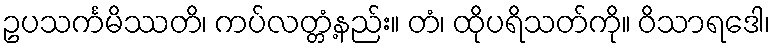
ဥပသင်္ကမိဿတိ၊ ကပ်လတ္တံ့နည်း။ တံ၊ ထိုပရိသတ်ကို။ ဝိသာရဒေါ၊